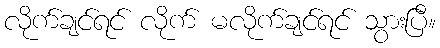
လိုက်ချင်ရင် လိုက် မလိုက်ချင်ရင် သွားပြီ။